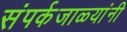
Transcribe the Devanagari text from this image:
संपर्कजाळ्यांनी